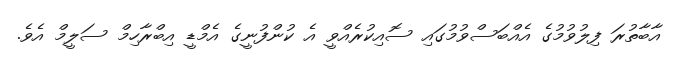
އާބާތުރަ ފިލުވުމުގެ އެއްބަސްވުމުގައި ސޮއިކުރެއްވީ އެ ކުންފުނީގެ އެމްޑީ އިބްރާހިމް ސަލީމް އެވެ.